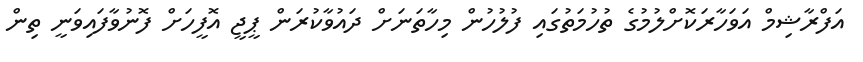
އަފްރާޝިމް އަވަހާރަކޮށްލުމުގެ ތުހުމަތުގައި ފުލުހުން މިހާތަނަށް ދައުވާކުރަން ޕީޖީ އޮފީހަށް ފޮނުވާފައިވަނީ ތިން